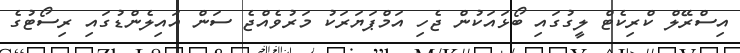
އިސްރޭލް ކްރިކެޓް ލީގުގައި ބޯޅައަކުން ޖެހި އަމްޕަޔަރަކު މަރުވެއްޖެ ސަން އައިލެންޑުގައި ރިސޯޓުގެ